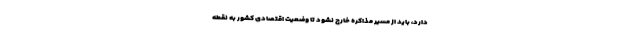
دارد، باید از مسیر مذاکره خارج نشود تا وضعیت اقتصادی کشور به نقطه